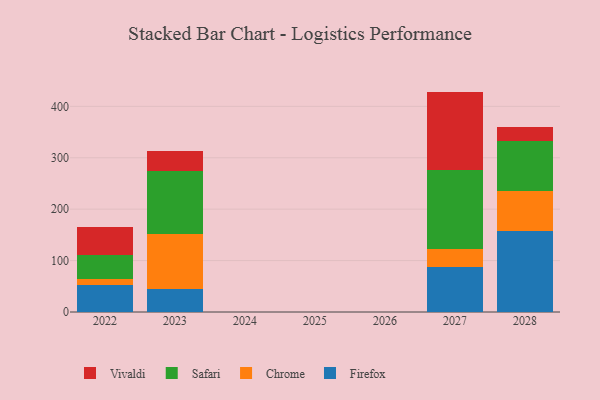
{"axis": {"x": "Year", "y": "Revenue (USD Million)"}, "legend": ["Chrome", "Firefox", "Safari", "Vivaldi"], "data": [{"x": "2022", "y": 53.1, "type": "Firefox"}, {"x": "2022", "y": 11.8, "type": "Chrome"}, {"x": "2022", "y": 45.8, "type": "Safari"}, {"x": "2022", "y": 54.1, "type": "Vivaldi"}, {"x": "2027", "y": 88.1, "type": "Firefox"}, {"x": "2027", "y": 34.8, "type": "Chrome"}, {"x": "2027", "y": 153.5, "type": "Safari"}, {"x": "2027", "y": 152.3, "type": "Vivaldi"}, {"x": "2028", "y": 158.3, "type": "Firefox"}, {"x": "2028", "y": 77.3, "type": "Chrome"}, {"x": "2028", "y": 97.3, "type": "Safari"}, {"x": "2028", "y": 26.6, "type": "Vivaldi"}, {"x": "2023", "y": 45.6, "type": "Firefox"}, {"x": "2023", "y": 105.6, "type": "Chrome"}, {"x": "2023", "y": 124.0, "type": "Safari"}, {"x": "2023", "y": 37.6, "type": "Vivaldi"}]}